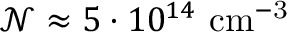
\mathcal { N } \approx 5 \cdot 1 0 ^ { 1 4 } \mathrm { ~ c m ^ { - 3 } }